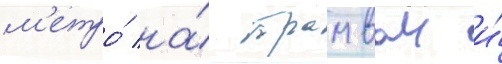
м'етро́ на́ трамваи и́